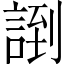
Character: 𲁪